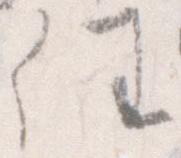
任